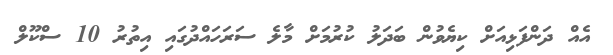
އެއް ދަންފަޅިއަށް ކިޔެވުން ބަދަލު ކުރުމަށް މާލެ ސަރަހައްދުގައި އިތުރު 10 ސްކޫލް